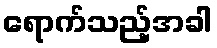
ရောက်သည့်အခါ